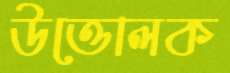
উত্তোলক